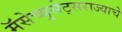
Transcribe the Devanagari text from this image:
मॅसेच्युसेट्सराज्याचे